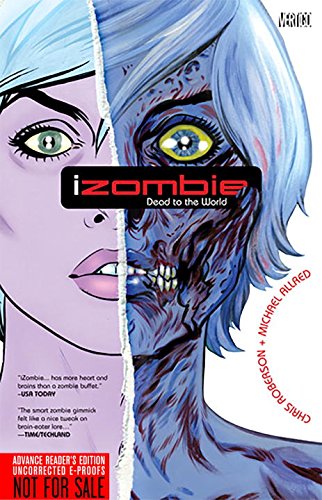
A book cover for Dead to the World (iZombie); Chris Roberson; Comics & Graphic Novels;